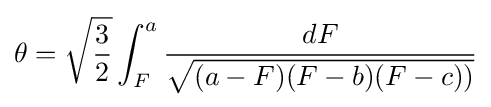
\theta ={\sqrt {\frac {3}{2}}}\int _{F}^{a}{\frac {dF}{\sqrt {(a-F)(F-b)(F-c))}}}